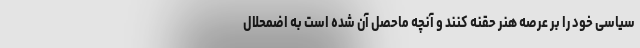
سیاسی خود را بر عرصه هنر حقنه کنند و آنچه ماحصل آن شده است به اضمحلال